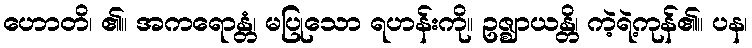
ဟောတိ၊ ၏။ အကရောန္တံ၊ မပြုသော ရဟန်းကို။ ဥဇ္ဈာယန္တိ၊ ကဲ့ရဲ့ကုန်၏။ ပန၊